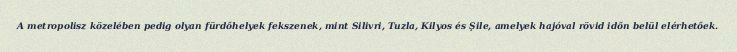
A metropolisz közelében pedig olyan fürdőhelyek fekszenek, mint Silivri, Tuzla, Kilyos és Şile, amelyek hajóval rövid időn belül elérhetőek.